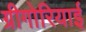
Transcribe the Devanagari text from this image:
ग्रीगोरियाई